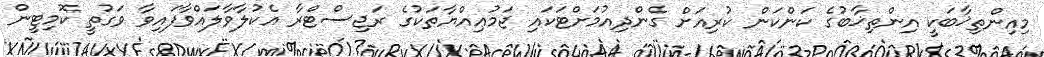
މިއިންތިޚާބަކީ އިންތިޚާބުގެ ކަންކަން ކުރިއަށް ގެންދިއުމަށްޓަކައި ޖަމުޢިއްޔާތަކުގެ ރަޖިސްޓްރާ އެކުލާވާލައްވާފައިވާ ވަގުތީ ކޮމިޓީން